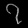
Digit: ၇